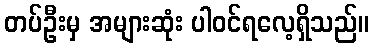
တပ်ဦးမှ အများဆုံး ပါဝင်ရလေ့ရှိသည်။